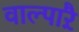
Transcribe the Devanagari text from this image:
वाल्पाऱै